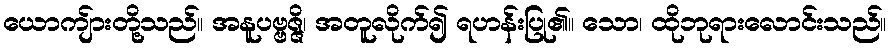
ယောကျ်ားတို့သည်။ အနူပဗ္ဗဇ္ဇိ၊ အတူလိုက်၍ ရဟန်းပြု၏။ သော၊ ထိုဘုရားလောင်းသည်။